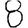
Digit: 8